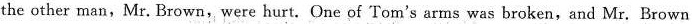
the other man,Mr. Brown, were hurt. One of Tom's arms was broken,and Mr. Brown